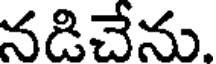
నడిచేను.